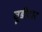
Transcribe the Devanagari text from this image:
चूडीदार